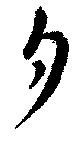
夕